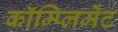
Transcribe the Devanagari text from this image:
कॉम्प्लिमेंट